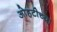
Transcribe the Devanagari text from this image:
ओहटीच्या